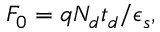
F _ { 0 } = q N _ { d } t _ { d } / \epsilon _ { s } ,